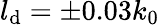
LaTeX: l_{\mathrm{d}}=\pm 0.03k_{0}